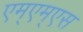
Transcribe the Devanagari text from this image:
एम्एम्एस